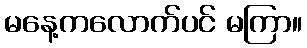
မနေ့ကလောက်ပင် မကြာ။